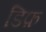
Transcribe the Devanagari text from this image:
डिफ़